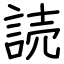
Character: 読